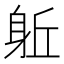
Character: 𨈬